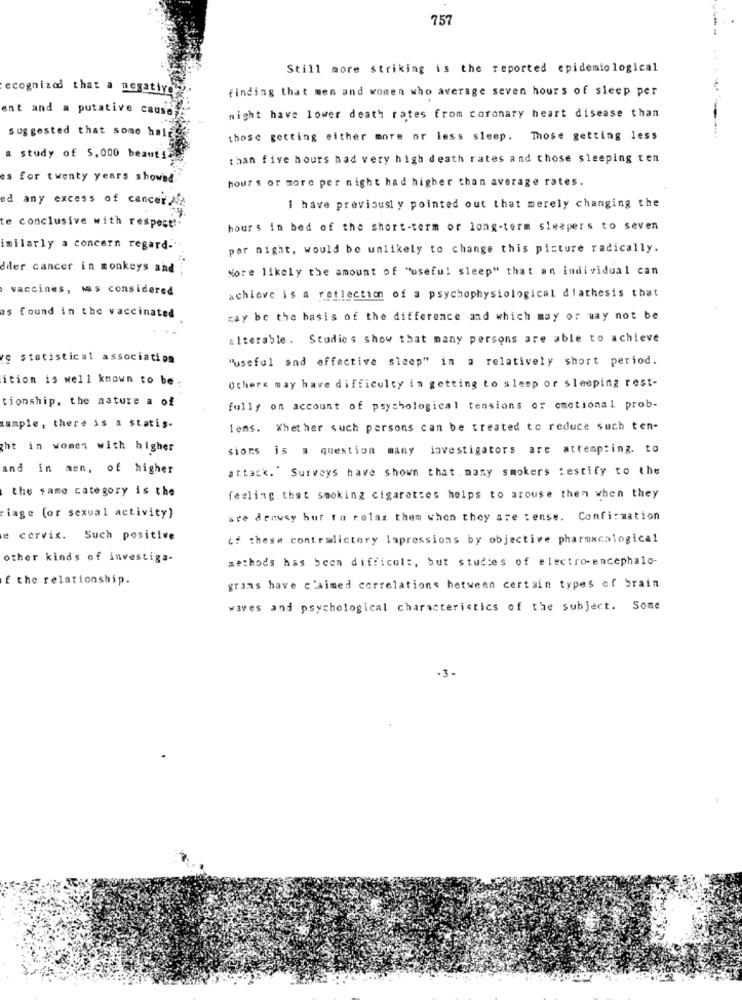
757
Still more striking is the reported epidemiological
ecognizod that a negative
finding that men and women who average seven hours of sleep per
ent and a putative causa
night have lower death rates from coronary heart disease than
suggested that some hal
those getting either more or less sleep. Those getting less
a study of 5,000 beauti
than five hours had very high death rates and those sleeping ten
es for twenty years showed.
hours or more per night had higher than average rates.
ed any excess of cancer
I have previously pointed out that merely changing the
te conclusive with respect!
hours in bed of the short-term or long-term sleepers to seven
imilarly a concern regard-"
per night, would be unlikely to change this picture radically.
dder cancer in monkeys and
More likely the amount of "useful sleep" that an individual can
vaccines, was considered
achieve is a reflection of a psychophysiological diathesis that
as found in the vaccinated
cay be the basis of the difference and which may or may not be
alterable . Studies show that many persons are able to achieve
9 statistical association
"useful and effective sleep" in a relatively short period.
ition is well known to be
Others may have difficulty in getting to sleep or sleeping rest-
tionship, the nature a of
fully on account of psychological tensions or emotional prob-
xample, there is a statis-
lems. Whether such persons can be treated to reduce such ten-
ght in women with higher
sions is a question many investigators are attempting. to
and in men, of higher
attack."Surveys have shown that . many smokers testify to the
the same category is the
feeling that smoking cigarettes helps to arouse then when they
iage (or sexual activity)
ste arnwey but to relax them when they are tense. Confirmation
e cervix. Such positive
if these contradictory Impressions by objective pharmacological
other kinds of investiga-
methods has been difficult, but studies of electro encephalo-
f the relationship.
grams have c'aimed correlations between certain types of brain
wives and psychological characteristics of the subject. Some
-3-